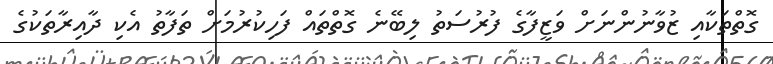
ގޮތްތަކާއި ޒުވާނުންނަށް ވަޒީފާގެ ފުރުސަތު ލިބޭނެ ގޮތްތައް ފަހިކުރުމަށް ތަފާތު އެކި ދާއިރާތަކުގެ